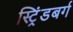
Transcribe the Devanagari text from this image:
स्ट्रिंडबर्ग